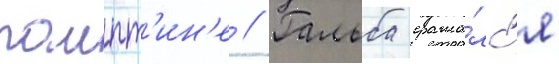
помпт'ин'е // Гальба сража́лс'я